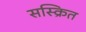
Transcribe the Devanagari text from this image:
सस्क्रित